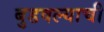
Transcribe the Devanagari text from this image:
बुडवल्याची